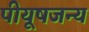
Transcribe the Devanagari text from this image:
पीयूषजन्य